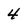
Character: 4